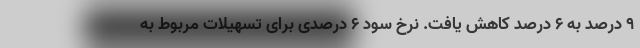
۹ درصد به ۶ درصد کاهش یافت. نرخ سود ۶ درصدی برای تسهیلات مربوط به